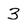
Character: 3